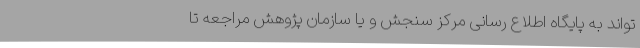
‌تواند به پایگاه اطلاع رسانی مرکز سنجش و یا سازمان پژوهش مراجعه تا